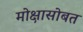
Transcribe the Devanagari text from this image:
मोक्षासोबत